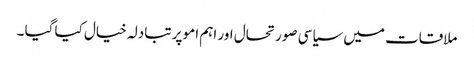
ملاقات میں سیاسی صورتحال اور اہم امو پر تبادلہ خیال کیا گیا ۔